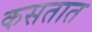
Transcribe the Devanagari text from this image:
कसतात